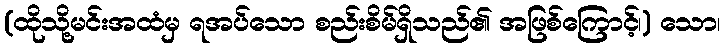
(ထိုသို့မင်းအထံမှ ရအပ်သော စည်းစိမ်ရှိသည်၏ အဖြစ်ကြောင့်၊) သော၊